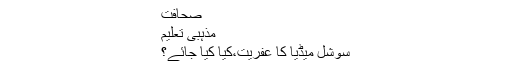
صحافت
مذہبی تعلیم
سوشل میڈیا کا عفریت،کیا کیا جائے؟